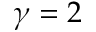
\gamma = 2